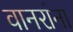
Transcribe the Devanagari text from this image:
वानरांना